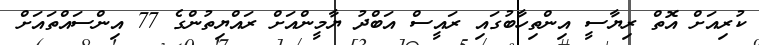
ކުރިއަށް އޮތް ރިޔާސީ އިންތިހާބުގައި ރައީސް އަބްދު ޔާމީންއަށް ރައްޔިތުންގެ 77 އިންސައްތައަށް